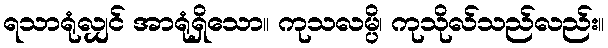
ရသာရုံလျှင် အာရုံရှိသော။ ကုသလမ္ပိ၊ ကုသိုလ်သည်လည်း။